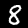
Digit: 8